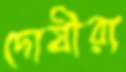
দোষীরা